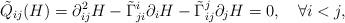
LaTeX: \begin{align*} \tilde{Q}_{ij}(H)=\partial^2_{ij}H-\tilde{\Gamma}^i_{ji}\partial_iH-\tilde{\Gamma}^j_{ij}\partial_jH=0,\quad\forall i<j, \end{align*}